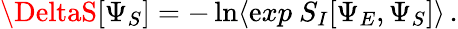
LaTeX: \DeltaS[\Psi_{S}]=-\ln\langle\mathrm{e}xp~S_{I}[\Psi_{E},\Psi_{S}]\rangle\, .